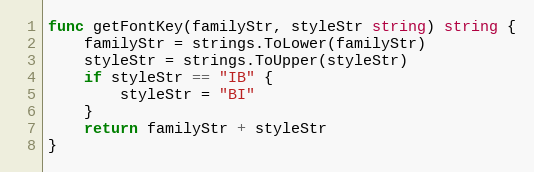
Language: Go
func getFontKey(familyStr, styleStr string) string {
	familyStr = strings.ToLower(familyStr)
	styleStr = strings.ToUpper(styleStr)
	if styleStr == "IB" {
		styleStr = "BI"
	}
	return familyStr + styleStr
}